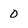
Character: 0